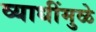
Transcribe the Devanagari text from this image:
व्याधींमुळे